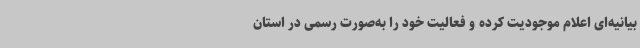
بیانیه‌ای اعلام موجودیت کرده و فعالیت خود را به‌صورت رسمی در استان